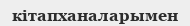
кітапханаларымен